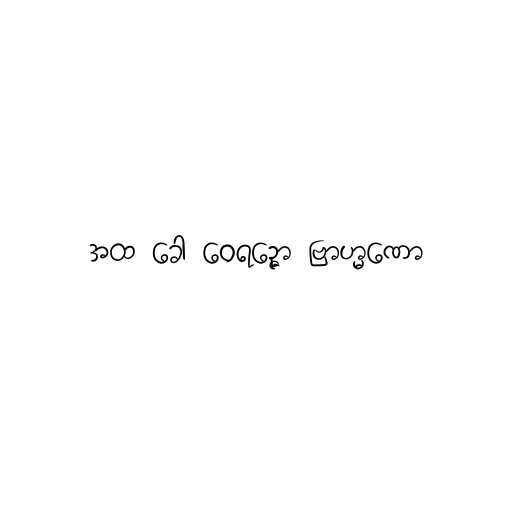
အထ ခေါ ဝေရဉ္ဇော ဗြာဟ္မဏော